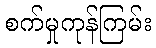
စက်မှုကုန်ကြမ်း